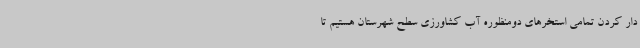
دار کردن تمامی استخرهای دومنظوره آب کشاورزی سطح شهرستان هستیم تا